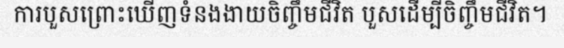
ការបួសព្រោះឃើញទំនងងាយចិញ្ចឹមជីវិត បួសដើម្បីចិញ្ចឹមជីវិត។